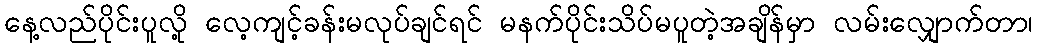
နေ့လည်ပိုင်းပူလို့ လေ့ကျင့်ခန်းမလုပ်ချင်ရင် မနက်ပိုင်းသိပ်မပူတဲ့အချိန်မှာ လမ်းလျှောက်တာ၊